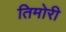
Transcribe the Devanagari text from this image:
तिमोरी